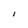
Character: I